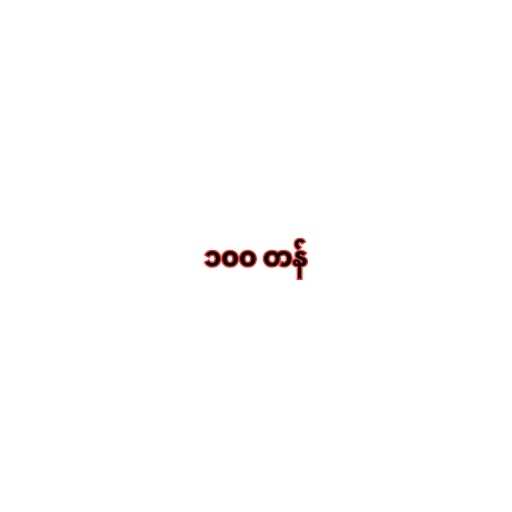
၁၀၀ တန်